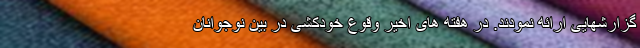
گزارشهایی ارائه نمودند. در هفته های اخیر وقوع خودکشی در بین نوجوانان